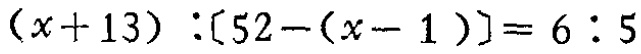
\((x + 13):[52 - (x - 1)] = 6:5\)